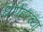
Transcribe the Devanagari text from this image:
धरोहरच्या